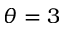
\theta = 3